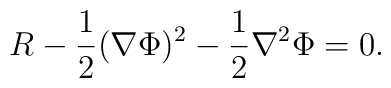
R-{1 \over 2} (\nabla \Phi)^2 - {1 \over 2} \nabla^2 \Phi =0.